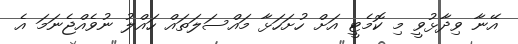
އޭނާ ވިދާޅުވީ މި ކޮމެޓީ އަށް ހުށަހަޅާ މައްސަލަތައް ހައްލު ނުވެއްޖެނަމަ އެ